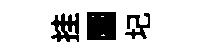
挂圜圮